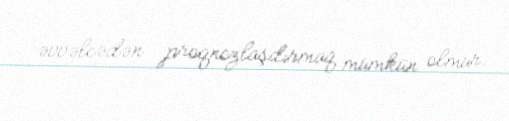
əvvəlcədən proqnozlaşdırmaq mümkün olmur.